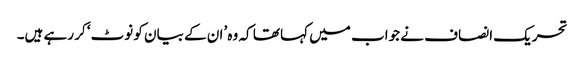
تحریک انصاف نے جواب میں کہا تھا کہ وہ ’ان کے بیان کو نوٹ‘ کر رہے ہیں۔